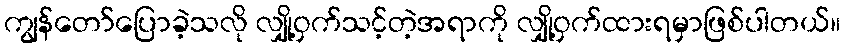
ကျွန်တော်ပြောခဲ့သလို လျှို့ဝှက်သင့်တဲ့အရာကို လျှို့ဝှက်ထားရမှာဖြစ်ပါတယ်။